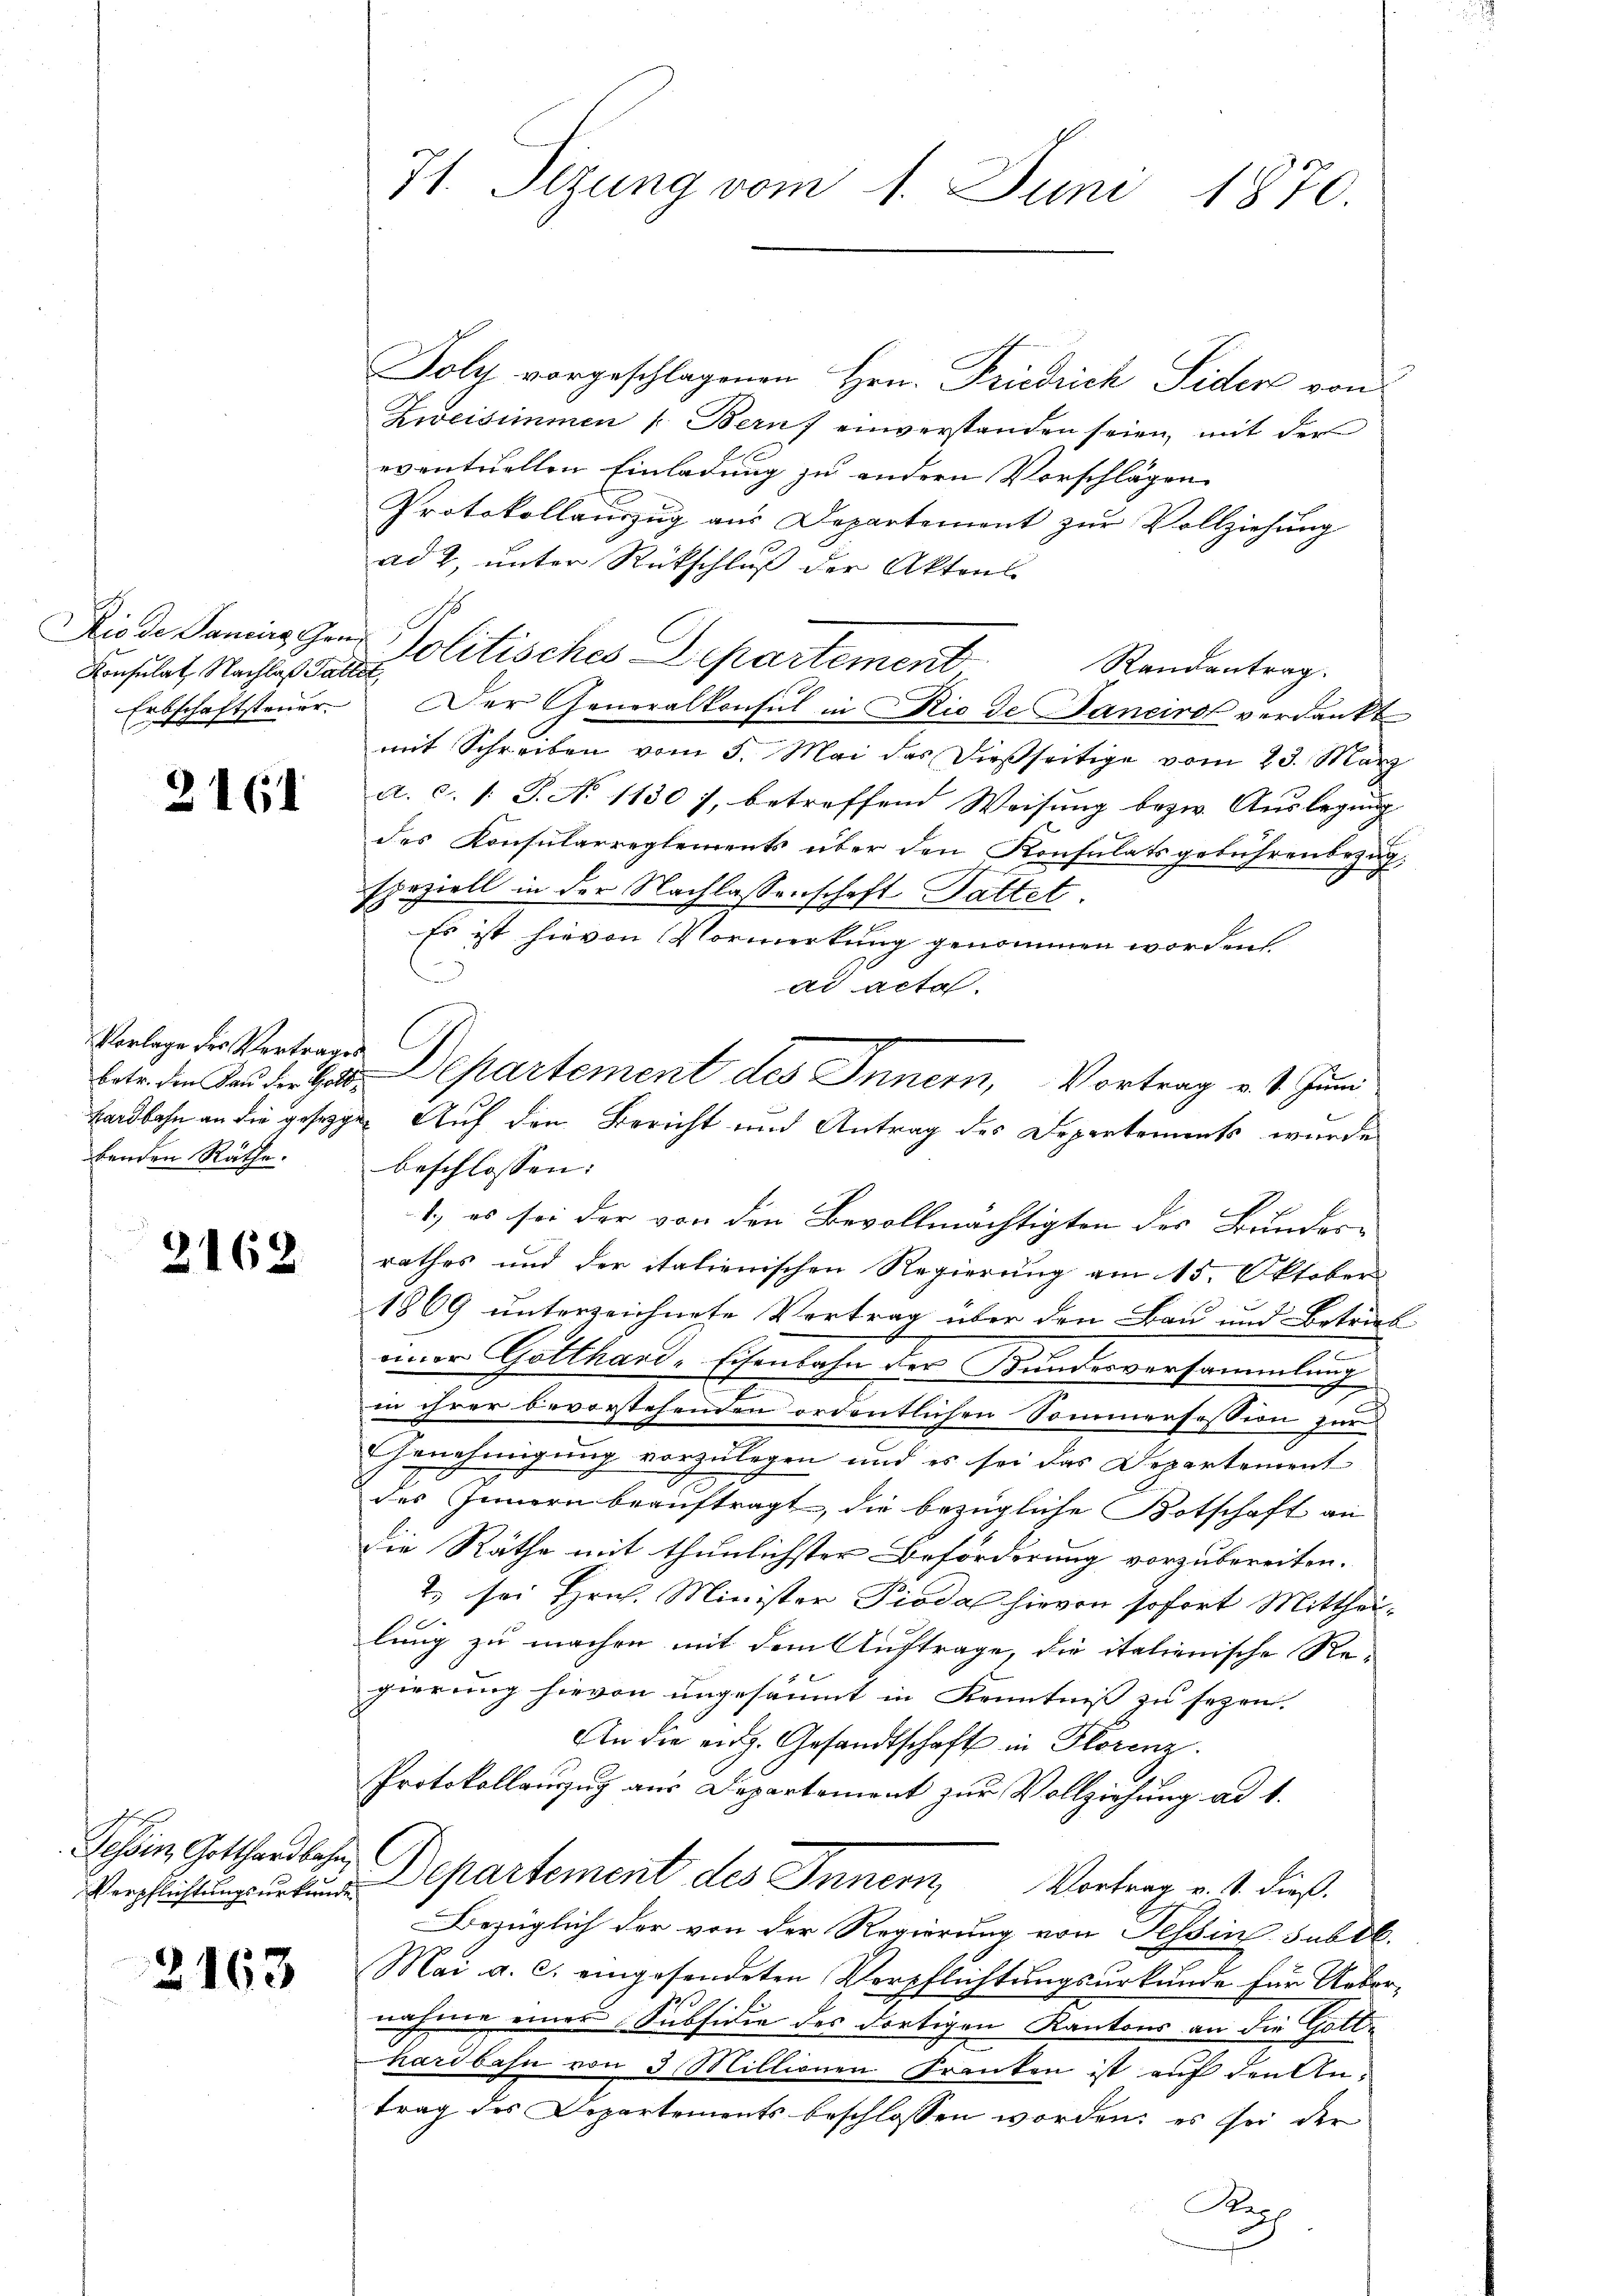
Konsulat Nachlaß Pallit,
Erbschaftsteuer.

2161

Vorlage des Vertrages
betr. die Bau der Gott
benden Räthe.

2162

Tessin, Gotthardbahn,

2163

71. Sezung vom 1. Juni 1870.

Foly vorgeschlagenen Hrn. Friedrich Sider von
Zweisimmen (Bern einverstanden seien, mit der
eventuellen Einladung zu andern Vorschlägen
Protokollauszug aus Departement zur Vollziehung
ad 2, unter Rückschluß der Aktens
Riede Sanin Graf Politisches Departement
Randantrag.
Der Generalkonsul in Rio de Janeiro verdankt
mit Schreiben vom 5. Mai das dießseitige vom 23. März
a. c. /: P. N. 1130), betreffend Weisung bezw. Auslegung
des Konsularreglements über den Konsulatsgebührenbezug,
speziell in der Nachlassenschaft Dattet
Es ist hievon Vormerkung genommen worden
ad acta.
hardbahn an die gesegen Auf den Bericht und Antrag des Departements wurde
beschlossen:
1.) es sei der von den Bevollmächtigten der Bundesrathes und der italienischen Regierung am 15. Oktober
1869 unterzeichnete Vortrag über den Bau und Betrieb
einer Gotthard. Eisenbahn der Kundesversammlung

in ihrer bevorstehenden ordentlichen Sommerfession zur
Genehmigung vorzulegen und es sei das Departement
des Innern beauftragt, die bezügliche Botschaft an
Die Räthe mit thunlichster Beförderung vorzubereiten.
2 sei Hrn. Minister Piodal hievon sofort Mittheilung zu machen mit dem Auftrage, die italienische Regierung hievon ungesäumt in Kenntniß zu sezen. |
An die eidg. Gesandtschaft in Florenz.
Protokollauszug aus Departement zur Vollziehung ad 1.
Verpfliche Departement des Innern, Vortrag v. 1. dieß.
Bezüglich der von der Regierung von Tessin subt.
Mai a. c. eingesendeten Verpflichtungsurkunde für Uebernahme einer Subsidie des dortigen Kantons an die Gotthardbahn von 3 Millionen Franken ist auf den Antrag des Departements beschlossen worden; es sei der
Reph

Departement des Innern, Vortrag v. 4. Juni